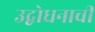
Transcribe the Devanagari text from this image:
उद्बोधनाची